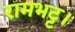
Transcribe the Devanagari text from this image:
रामभट्ट।